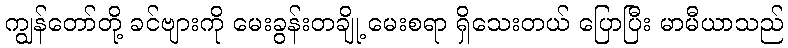
ကျွန်တော်တို့ ခင်ဗျားကို မေးခွန်းတချို့ မေးစရာ ရှိသေးတယ် ပြောပြီး မာမီယာသည်